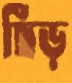
ছিঁড়